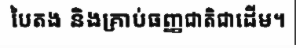
បៃតង និងគ្រាប់ធញ្ញជាតិជាដើម។